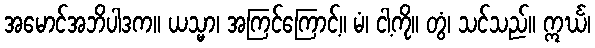
အမောင်အဘိပါဒက။ ယသ္မာ၊ အကြင်ကြောင့်။ မံ၊ ငါ့ကို။ တွံ၊ သင်သည်။ ဣင်္ဃ၊